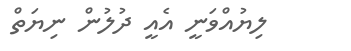
ލިޔުއްވަނީ އެއީ ދުލުން ނިޔަތް